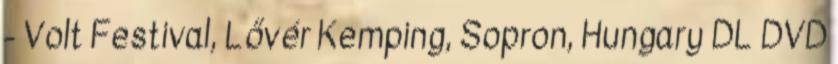
- Volt Festival, Lővér Kemping, Sopron, Hungary DL DVD